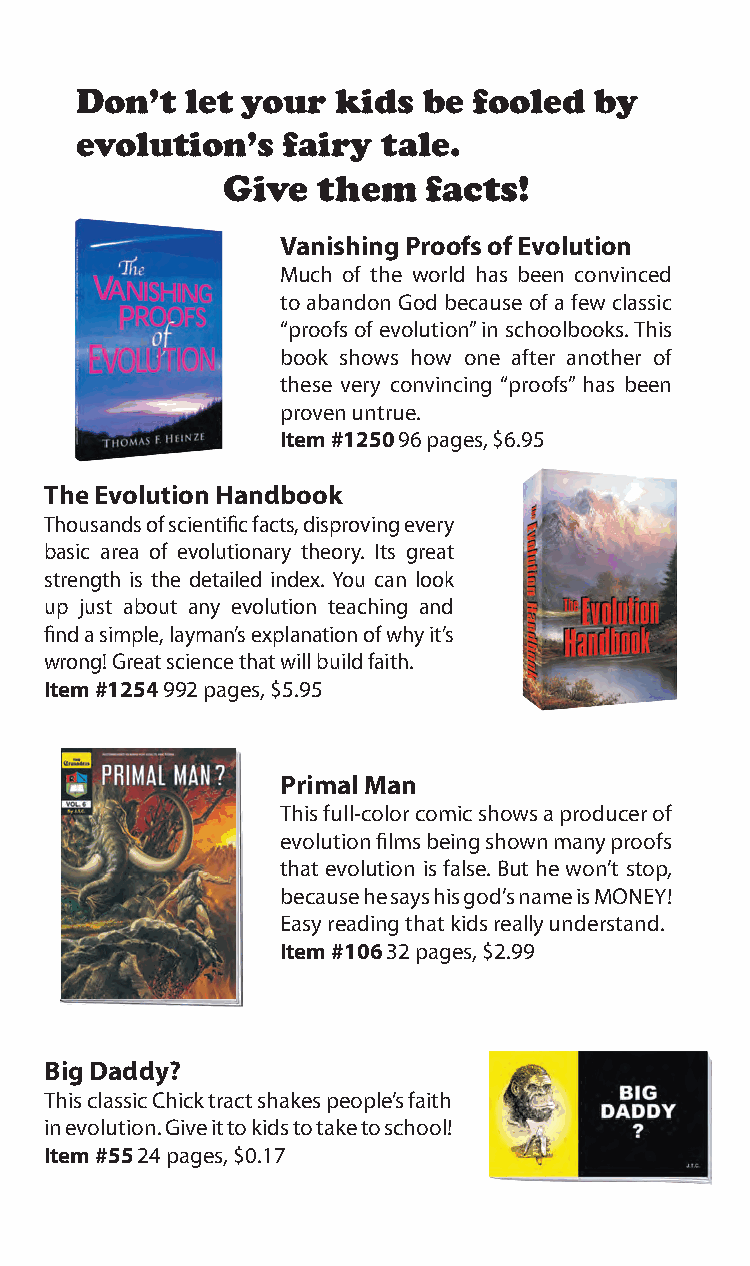
Don’t  let your  kids  be fooled  by
 evolution’s   fairy tale.
 Give  them   facts!
 Vanishing Proofs of Evolution
 Much of the world has been convinced
 to abandon God because of a few classic
 “proofs of evolution” in schoolbooks. This
 book shows how one after another of
 these very convincing “proofs” has been
 proven untrue.
 Item #1250 96 pages, $6.95
 The Evolution Handbook
 Thousands of scientific facts, disproving every
 basic area of evolutionary theory. Its great
 strength is the detailed index. You can look
 up just about any evolution teaching and
 find a simple, layman’s explanation of why it’s
 wrong! Great science that will build faith.
 Item #1254 992 pages, $5.95
 Primal Man
 This full-color comic shows a producer of
 evolution films being shown many proofs
 that evolution is false. But he won’t stop,
 because he says his god’s name is MONEY!
 Easy reading that kids really understand.
 Item #106 32 pages, $2.99
 Big Daddy?
 This classic Chick tract shakes people’s faith
 in evolution. Give it to kids to take to school!
 Item #55 24 pages, $0.17